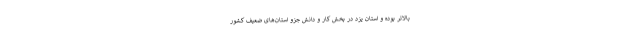
بالاتر بوده و استان یزد در بخش کار و دانش جزو استان‌های ضعیف کشور